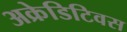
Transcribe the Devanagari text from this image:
अक्रेडिटिवस